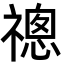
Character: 𬓔